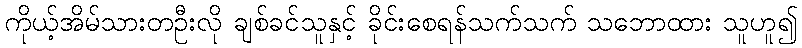
ကိုယ့်အိမ်သားတဦးလို ချစ်ခင်သူနှင့် ခိုင်းစေရန်သက်သက် သဘောထား သူဟူ၍